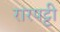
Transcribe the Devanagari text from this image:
रारपट्टी